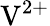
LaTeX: \textrm{V}^{2+}